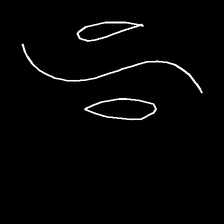
Glyph: water